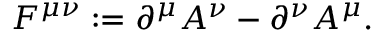
F ^ { \mu \nu } : = \partial ^ { \mu } A ^ { \nu } - \partial ^ { \nu } A ^ { \mu } .